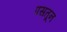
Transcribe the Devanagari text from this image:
पसतून